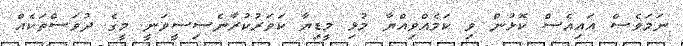
ނަމަވެސް އައިއެސް ކޮޅުން ވި ކަމެއްވިއްޔާ މުޅި މީޑިޔާ ކަވަރުކުރާނެސިސީވަނީ މީގެ ދުވަސްތަކެއް